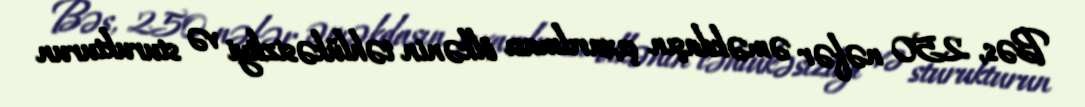
Bəs, 250 nəfər əməkdaşın çıxarılması ölkənin təhlükəsizliyi və sturukturun